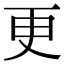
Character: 更